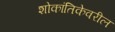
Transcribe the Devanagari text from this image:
शोकांतिकेवरील